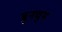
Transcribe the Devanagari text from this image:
बुनचुम